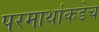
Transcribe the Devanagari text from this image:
परमार्थाकडेच